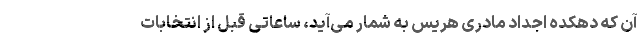
آن که دهکده اجداد مادری هریس به شمار می‌آید، ساعاتی قبل از انتخابات